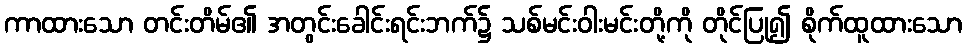
ကာထားသော တင်းတိမ်၏ အတွင်းခေါင်းရင်းဘက်၌ သစ်မင်းဝါးမင်းတို့ကို တိုင်ပြု၍ စိုက်ထူထားသော